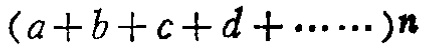
\((a + b + c + d + \cdots)n\)